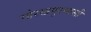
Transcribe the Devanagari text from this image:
गोरखपुरवासी